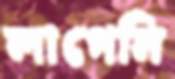
লাগেনি